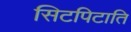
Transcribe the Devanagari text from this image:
सिटपिटाति